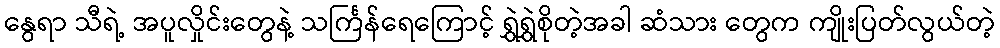
နွေရာ သီရဲ့ အပူလှိုင်းတွေနဲ့ သင်္ကြန်ရေကြောင့် ရွှဲရွှဲစိုတဲ့အခါ ဆံသား တွေက ကျိုးပြတ်လွယ်တဲ့